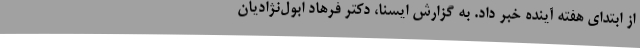
از ابتدای هفته آینده خبر داد. به گزارش ایسنا، دکتر فرهاد ابول‌نژادیان